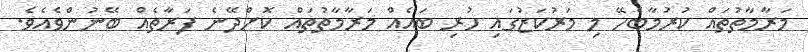
މަރާމާތުތައް ކުރުމާބެހޭ މި މަރުކަޒުގައި ހުރި ބައެއް މަރާމާތުތައް ކޮށްދޭނެ ފަރާތެއް ބޭނުންވެއެވެ.